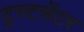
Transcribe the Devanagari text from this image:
ट्रस्टसेंटर